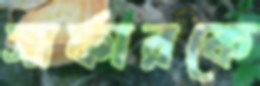
সার্ফারকে